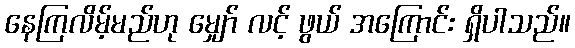
နေကြလိမ့်မည်ဟု မျှော် လင့် ဖွယ် အကြောင်း ရှိပါသည်။